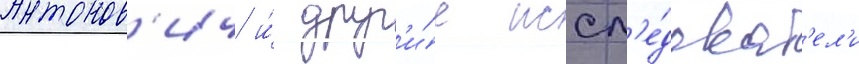
Антонов'ич и́ друг'и́е иссл'е́доват'ел'и